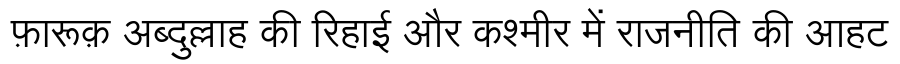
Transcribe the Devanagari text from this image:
फ़ारूक़ अब्दुल्लाह की रिहाई और कश्मीर में राजनीति की आहट